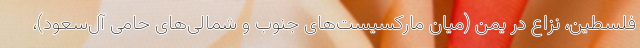
فلسطین، نزاع در یمن (میان مارکسیست‌های جنوب و شمالی‌های حامی آل‌سعود)،